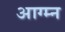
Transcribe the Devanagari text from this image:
आग्म्न